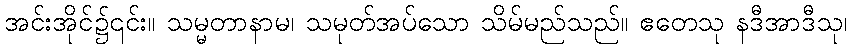
အင်းအိုင်၌၎င်း။ သမ္မတာနာမ၊ သမုတ်အပ်သော သိမ်မည်သည်။ ဧတေသု နဒီအာဒီသု၊